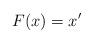
LaTeX: \begin{align*}F(x)=x'\end{align*}